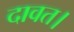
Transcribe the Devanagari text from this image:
दावत।